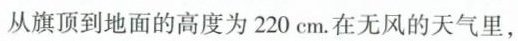
从旗顶到地面的高度为220cm.在无风的天气里，